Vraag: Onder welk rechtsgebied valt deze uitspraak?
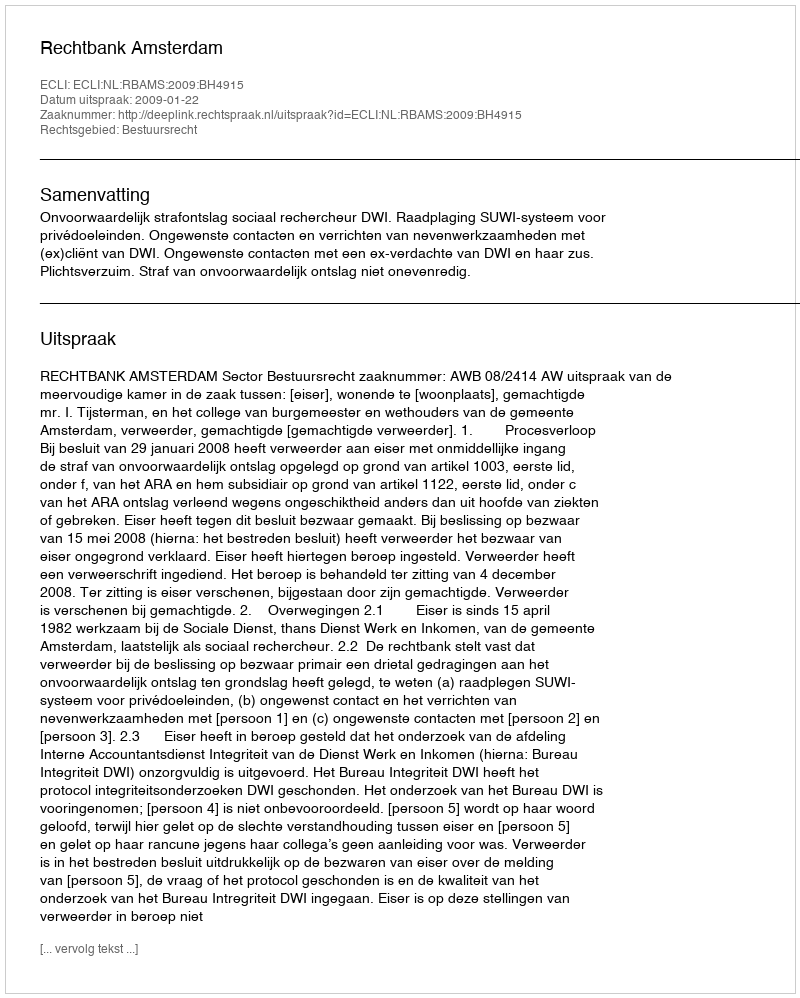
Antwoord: Bestuursrecht